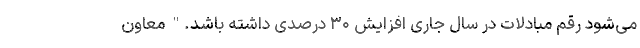
می‌شود رقم مبادلات در سال جاری افزایش ۳۰ درصدی داشته باشد." معاون